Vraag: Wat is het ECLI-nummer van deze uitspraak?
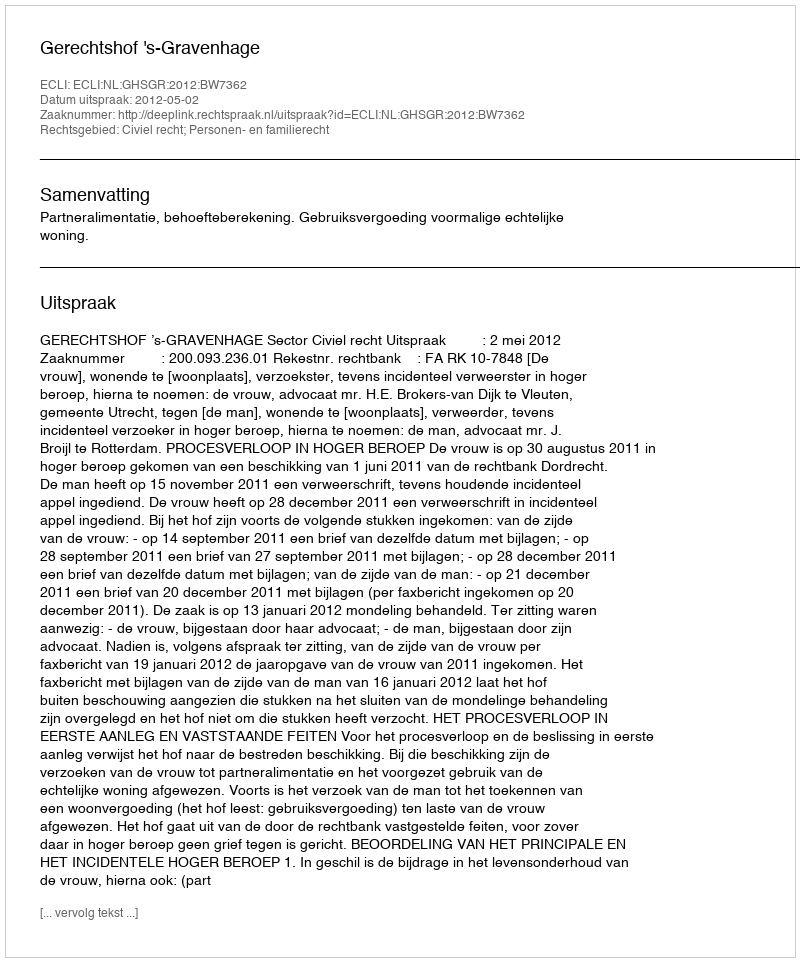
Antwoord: ECLI:NL:GHSGR:2012:BW7362